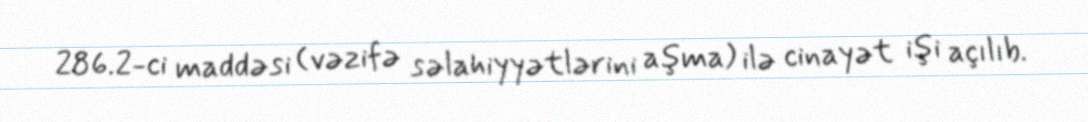
286.2-ci maddəsi (vəzifə səlahiyyətlərini aşma) ilə cinayət işi açılıb.